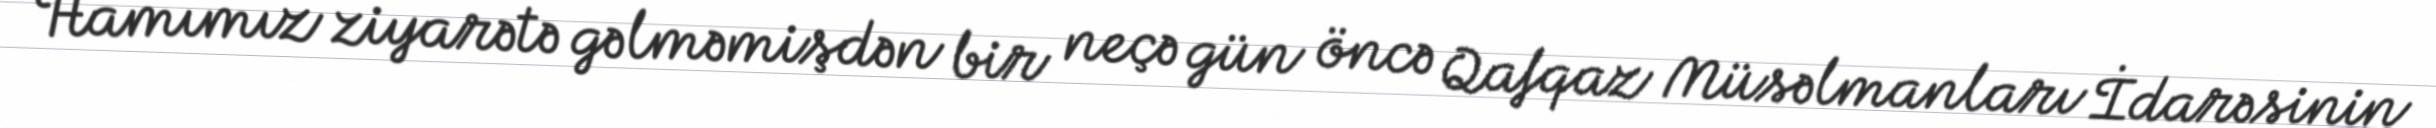
Hamımız ziyarətə gəlməmişdən bir neçə gün öncə Qafqaz Müsəlmanları İdarəsinin